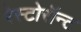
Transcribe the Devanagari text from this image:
रेस्टोरॉन्ट